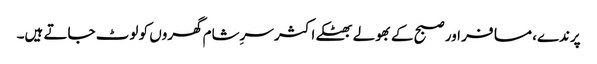
پرندے، مسافر اور صبح کے بھولے بھٹکے اکثر سرِشام گھروں کو لوٹ جاتے ہیں۔